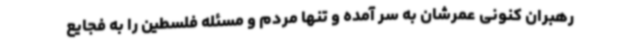
رهبران کنونی عمرشان به سر آمده و تنها مردم و مسئله فلسطین را به فجایع